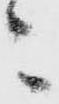
々